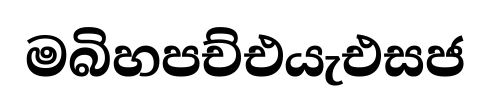
මබිහපච්එයැඑසජ